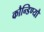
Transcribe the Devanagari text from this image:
कौन्डिण्यौ